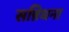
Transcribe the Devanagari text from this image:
सन्निधना